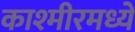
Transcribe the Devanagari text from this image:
काश्‍मीरमध्ये